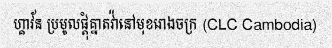
ហ្គាវ័ន ប្រមូលផ្តុំគ្នាតវ៉ានៅមុខរោងចក្រ (CLC Cambodia)